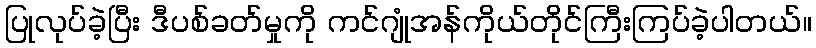
ပြုလုပ်ခဲ့ပြီး ဒီပစ်ခတ်မှုကို ကင်ဂျုံအန်ကိုယ်တိုင်ကြီးကြပ်ခဲ့ပါတယ်။